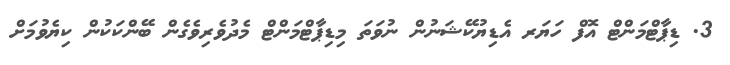
3. ޑިޕާޓްމަންޓް އޮފް ހަޔަރ އެޑިޔުކޭޝަނުން ނުވަތަ މިޑިޕާޓްމަންޓް މެދުވެރިވެގެން ބޭންކަކުން ކިޔެވުމަށް